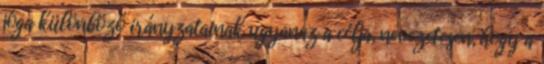
jóga különböző irányzatainak ugyanaz a célja, nevezetesen, hogy a